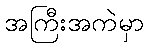
အကြီးအကဲမှာ